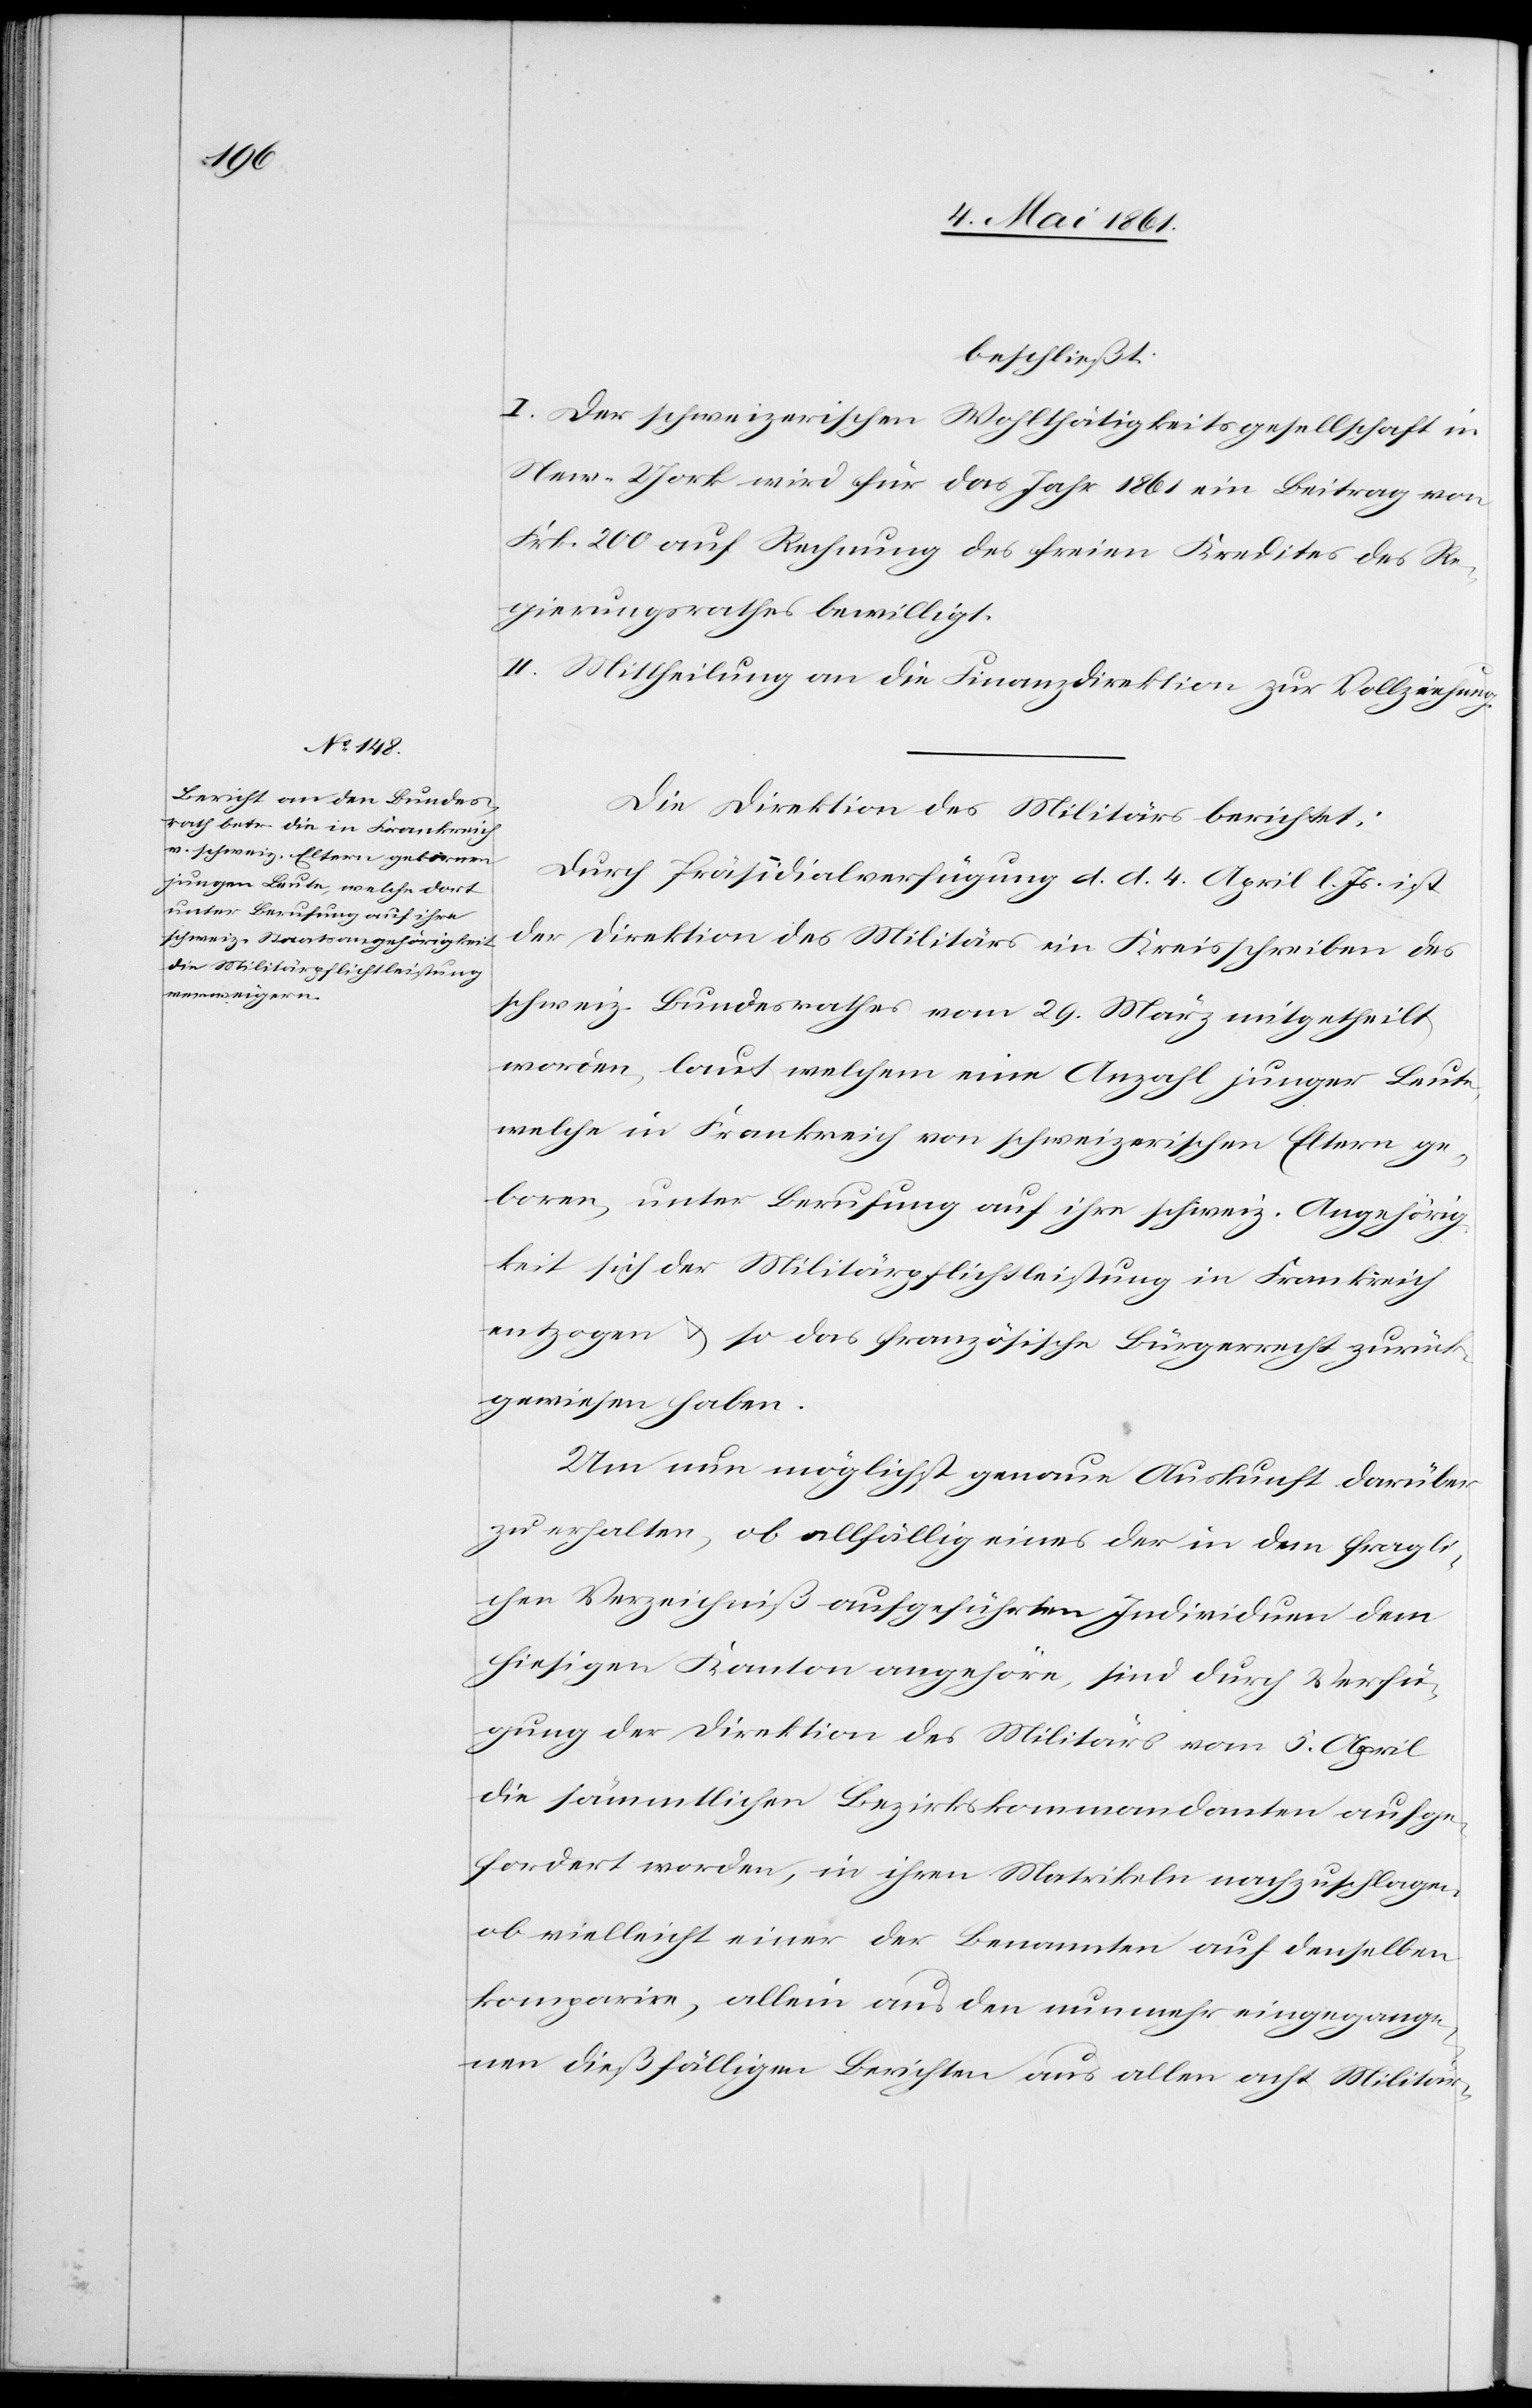
beschließt:
I. Der schweizerische Wohlthätigkeitsgesellschaft in
New-York wird für das Jahr 1861 ein Beitrag von
Frk. 200 auf Rechnung des freien Kredites des Re¬
gierungsrathes bewilligt.
II. Mittheilung an die Finanzdirektion zur Vollziehung.
Die Direktion des Militärs berichtet:
Durch Präsidialverfügung d. d. 4. April l. Js. ist
der Direktion des Militärs ein Kreisschreiben des
schweiz. Bundesrathes vom 29. März mitgetheilt
worden, laut welchem eine Anzahl junger Leute,
welche in Frankreich von schweizerischen Eltern ge¬
boren, unter Berufung auf ihre schweiz. Angehörig¬
keit sich der Militärpflichtleistung in Frankreich
entzogen u. so das französische Bürgerrecht zurück¬
gewiesen haben.
Um nun möglichst genaue Auskunft darüber
zu erhalten, ob allfällig eines der in dem fragli¬
chen Verzeichniß aufgeführten Individuen dem
hiesigen Kanton angehöre, sind durch Verfü¬
gung der Direktion des Militärs vom 5. April
die sämmtlichen Bezirkskommandanten aufge¬
fordert worden, in ihren Matrikeln nachzuschlagen,
ob vielleicht einer der Benannten auf denselben
komparire, allein aus den nunmehr eingegange¬
nen dießfälligen Berichten aus allen acht Militär-